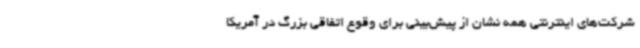
شرکت‌های اینترنتی همه نشان از پیش‌بینی برای وقوع اتفاقی بزرگ در آمریکا